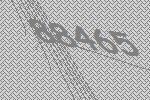
88465